Annual administration report of the Bombay Presidency - 1887-1892
Year: 1887
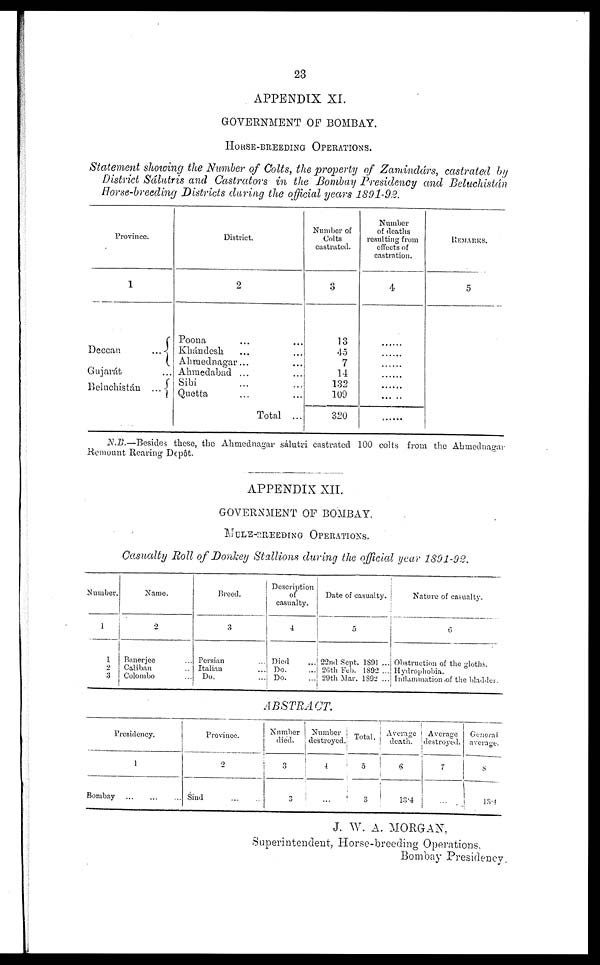
23
APPENDIX XI
GOVERNMENT OF BOMBAY.
HORSE-BREEDING
Statement showing the Number of Colts, the property of Zamindárs, castrated by
District Sálutris and Castrators in the Bombay Presidency and Beluchistán
Horse-breeding Districts during the official years 1891-92.
Province.
1
Decean ...
Gujarát ...
Beluchistán ...
District.
2
Poona ... ...
Khándesh ... ...
Ahmednagar ... ...
Ahmedabad ... ...
Sibi ... ...
Quetta ...
Total ...
Number of
Colts
castrated.
3
13
45
7
14
132
109
320
Number
of deaths
resulting from
effects of
castration.
4
.......
......
.......
......
......
REMARKS.
5
N.B.—Besides these, the Ahmednagar sálutri castrated 100 colts from the Ahmednagar
Remount Rearing Depôt.
APPENDIX XII.
GOVERNMENT OF BOMBAY.
MULE-BREEDING OPERATIONS.
Casualty Roll of Donkey Stallions during the official year 1891-92.
Number.
1
1
2
3
Name.
2
Banerjee ...
Caliban ...
Colombo ...
Breed.
3
Persian ...
Italian ...
Do. ...
Description
of
casualty.
4
Died ...
Do. ...
Do. ...
Date of casualty.
5
22nd Sept. 1891 ...
26th Feb. 1892 ...
29th Mar. 1892 ...
Nature of casualty.
6
Obstruction of the gloths.
Hydrophobia.
Inllammation of the bladder.
ABSTRACT.
Presidency.
1
Bombay
Province.
2
Sind ... ...
Number
died.
3
3
Number
destroyed
4
...
Total.
5
3
Average
death.
6
13.4
Average
destroyed.
7
...
General
average.
8
13.4
J. W. A. MORGAN,
Superintendent, Horse-breeding Operations.
Bombay Presidency.